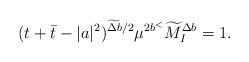
LaTeX: \begin{align*}(t+\bar{t}-|a|^2)^{\widetilde{\Delta b}/2}\mu^{2b^<}\widetilde{M}_I^{\Delta b}=1.\end{align*}